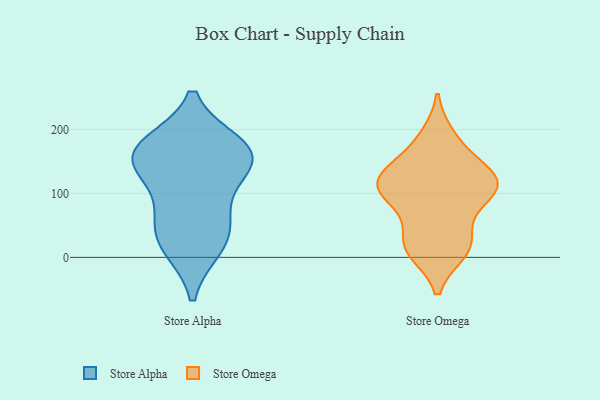
{"axis": {"x": "Customer Acquisition Cost (USD)", "y": "Value"}, "legend": ["Store Alpha", "Store Omega"], "data": [{"x": "", "y": 147, "type": "Store Alpha"}, {"x": "", "y": 165, "type": "Store Alpha"}, {"x": "", "y": 175, "type": "Store Alpha"}, {"x": "", "y": 133, "type": "Store Alpha"}, {"x": "", "y": 22, "type": "Store Alpha"}, {"x": "", "y": 74, "type": "Store Alpha"}, {"x": "", "y": 157, "type": "Store Alpha"}, {"x": "", "y": 17, "type": "Store Alpha"}, {"x": "", "y": 53, "type": "Store Alpha"}, {"x": "", "y": 170, "type": "Store Alpha"}, {"x": "", "y": 109, "type": "Store Omega"}, {"x": "", "y": 134, "type": "Store Omega"}, {"x": "", "y": 22, "type": "Store Omega"}, {"x": "", "y": 179, "type": "Store Omega"}, {"x": "", "y": 13, "type": "Store Omega"}, {"x": "", "y": 118, "type": "Store Omega"}, {"x": "", "y": 112, "type": "Store Omega"}, {"x": "", "y": 114, "type": "Store Omega"}, {"x": "", "y": 96, "type": "Store Omega"}, {"x": "", "y": 188, "type": "Store Omega"}, {"x": "", "y": 131, "type": "Store Omega"}, {"x": "", "y": 37, "type": "Store Omega"}, {"x": "", "y": 16, "type": "Store Omega"}, {"x": "", "y": 137, "type": "Store Omega"}, {"x": "", "y": 85, "type": "Store Omega"}, {"x": "", "y": 10, "type": "Store Omega"}, {"x": "", "y": 100, "type": "Store Omega"}]}